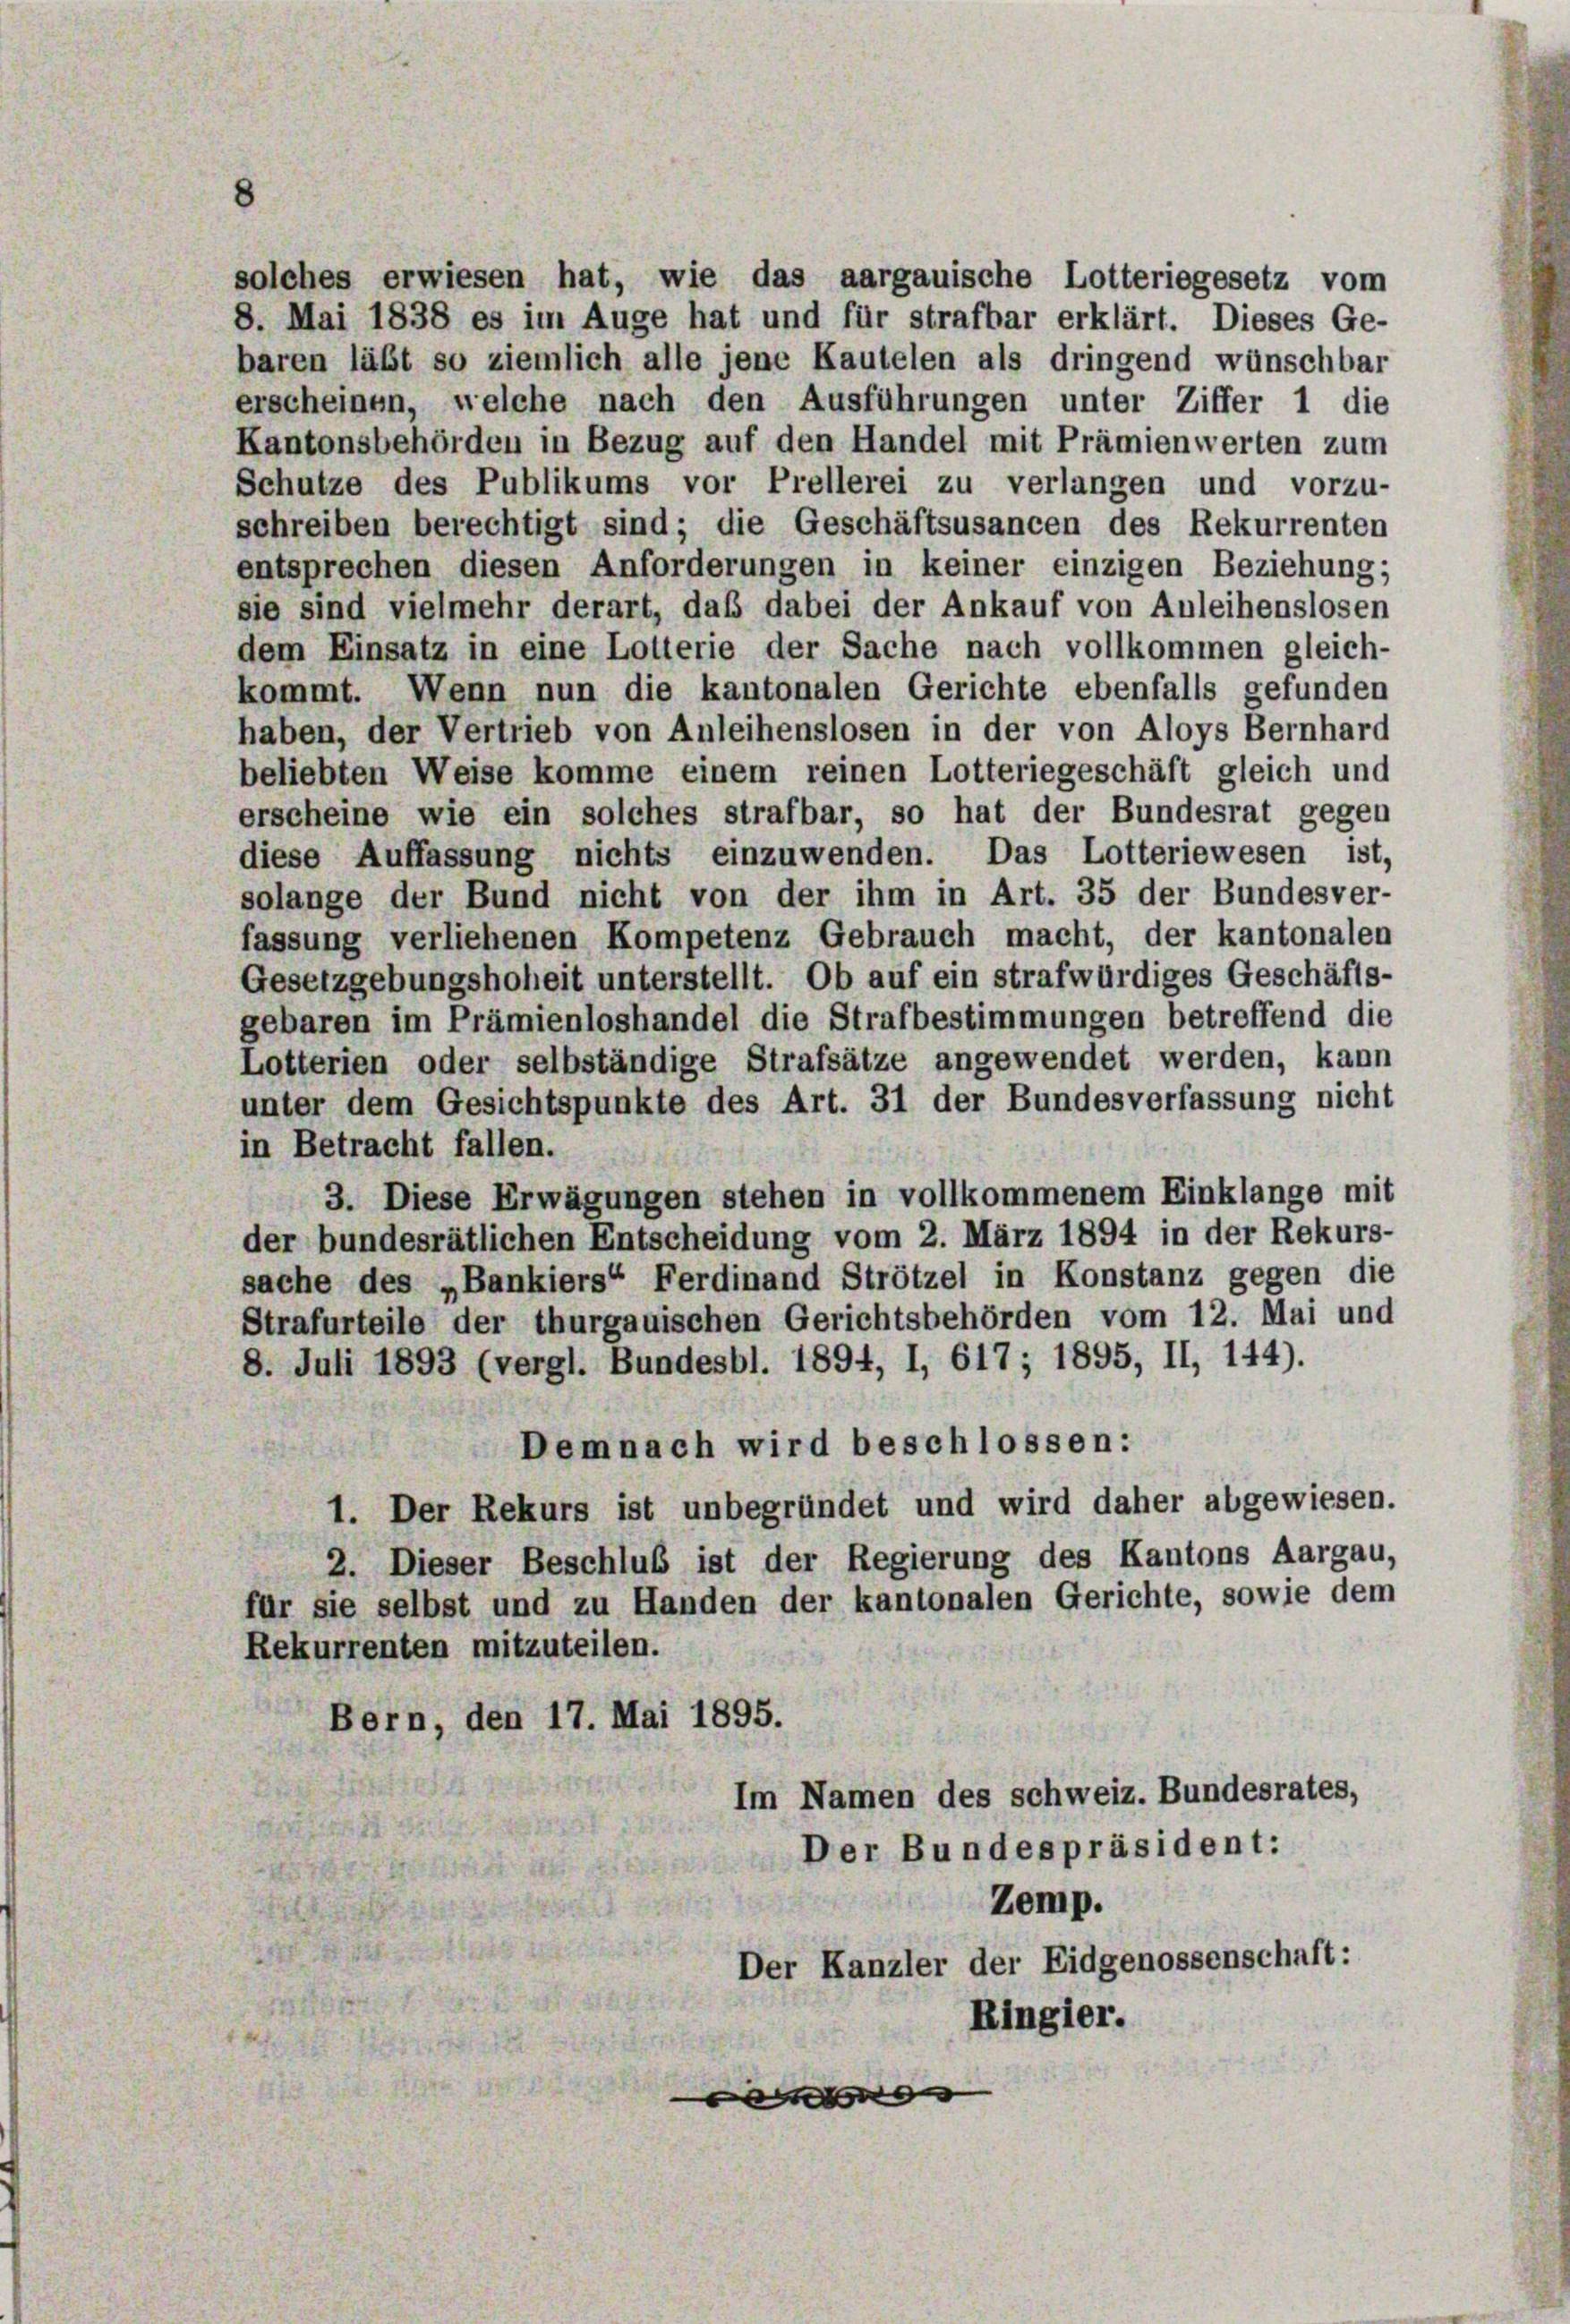
solches erwiesen hat, wie das aargauische Lotteriegesetz vom
8. Mai 1838 es im Auge hat und für strafbar erklärt. Dieses Ge-
baren läßt so ziemlich alle jene Kautelen als dringend wünschbar
erscheinen, welche nach den Ausführungen unter Ziffer 1 die
Kantonsbehörden in Bezug auf den Handel mit Prämienwerten zum

Schutze des Publikums vor Prellerei zu verlangen und vorzu-
schreiben berechtigt sind; die Geschäftsusancen des Rekurrenten
entsprechen diesen Anforderungen in keiner einzigen Beziehung;
sie sind vielmehr derart, daß dabei der Ankauf von Anleihenslosen
dem Einsatz in eine Lotterie der Sache nach vollkommen gleich-
kommt. Wenn nun die kantonalen Gerichte ebenfalls gefunden
haben, der Vertrieb von Anleihenslosen in der von Aloys Bernhard
beliebten Weise komme einem reinen Lotteriegeschäft gleich und
erscheine wie ein solches strafbar, so hat der Bundesrat gegen
diese Auffassung nichts einzuwenden. Das Lotteriewesen ist,
solange der Bund nicht von der ihm in Art. 35 der Bundesver-
fassung verliehenen Kompetenz Gebrauch macht, der kantonalen
Gesetzgebungshoheit unterstellt. Ob auf ein strafwürdiges Geschäfts-
gebaren im Prämienloshandel die Strafbestimmungen betreffend die
Lotterien oder selbständige Strafsätze angewendet werden, kann
unter dem Gesichtspunkte des Art. 31 der Bundesverfassung nicht
in Betracht fallen.
3. Diese Erwägungen stehen in vollkommenem Einklange mit
der bundesrätlichen Entscheidung vom 2. März 1894 in der Rekurs-
sache des „Bankiers“ Ferdinand Strötzel in Konstanz gegen die
Strafurteile der thurgauischen Gerichtsbehörden vom 12. Mai und
8. Juli 1893 (vergl. Bundesbl. 1894, I, 617; 1895, II, 144).
Demnach wird beschlossen:
1. Der Rekurs ist unbegründet und wird daher abgewiesen.
2. Dieser Beschluß ist der Regierung des Kantons Aargau,
für sie selbst und zu Handen der kantonalen Gerichte, sowie dem
Rekurrenten mitzuteilen.
Bern, den 17. Mai 1895.
Im Namen des schweiz. Bundesrates,
Der Bundespräsident:
Zemp.
Der Kanzler der Eidgenossenschaft:
Ringier.
e